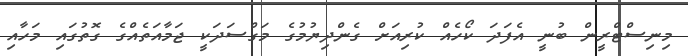
މިނިސްޓްރީން ބުނީ އެފަދަ ކޯހެއް ކުރިއަށް ގެންދިޔުމުގެ މަގްސަދަކީ ޖަމާއަތެއްގެ ގޮތުގައި މަހާއި